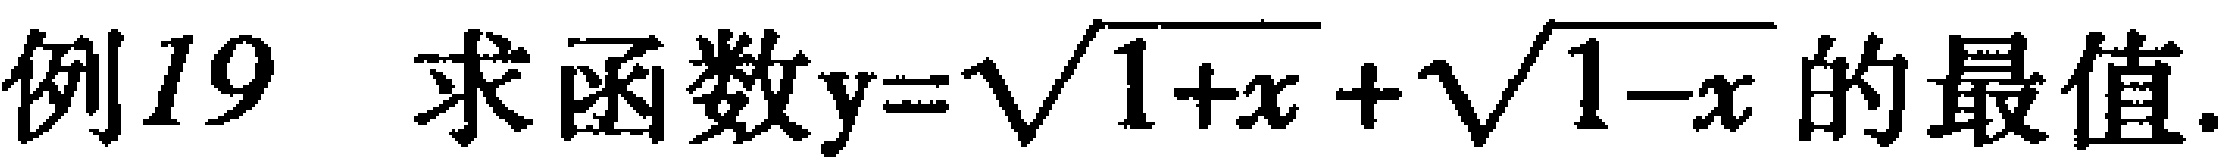
例19 求函数\(y = \sqrt{\sqrt{1 + x}}+\sqrt{\sqrt{1 - x}}\)的最值.